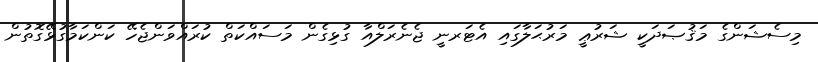
މިސެޝަންގެ މަޤުޞަދަކީ ޝަރުޢީ މަރުޙަލާގައި އެޓަރނީ ޖެނެރަލްއާ ގުޅިގެން މަސައްކަތް ކުރައްވަންޖެހޭ ކަންކަމާގުޅޭގޮތުން